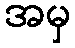
အမှ